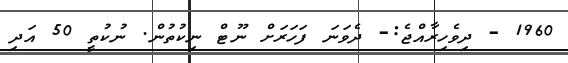
1960 - ދިވެހިރާއްޖެ:- ދެވަނަ ފަހަރަށް ނޫޓް ނިކުތުން. ނުކުތީ 50 އަދި